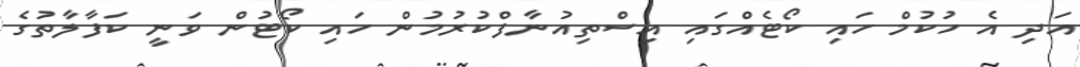
އަދި އެ ހުކުމް ހައި ކޯޓެއްގައި އިސްތިއުނާފްކުރުމުން ހައި ކޯޓުން ވަނީ ކަފާލާތުގެ